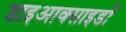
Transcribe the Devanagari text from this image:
डाइआक्साइडों